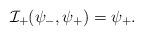
LaTeX: \begin{align*} \mathcal{I}_+(\psi_-,\psi_+)=\psi_+.\end{align*}